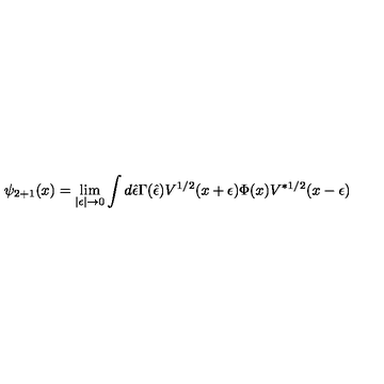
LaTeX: \psi _ { 2 + 1 } ( x ) = \lim _ { | \epsilon | \rightarrow 0 } \int d \hat { \epsilon } \Gamma ( \hat { \epsilon } ) V ^ { 1 / 2 } ( x + \epsilon ) \Phi ( x ) V ^ { * 1 / 2 } ( x - \epsilon )